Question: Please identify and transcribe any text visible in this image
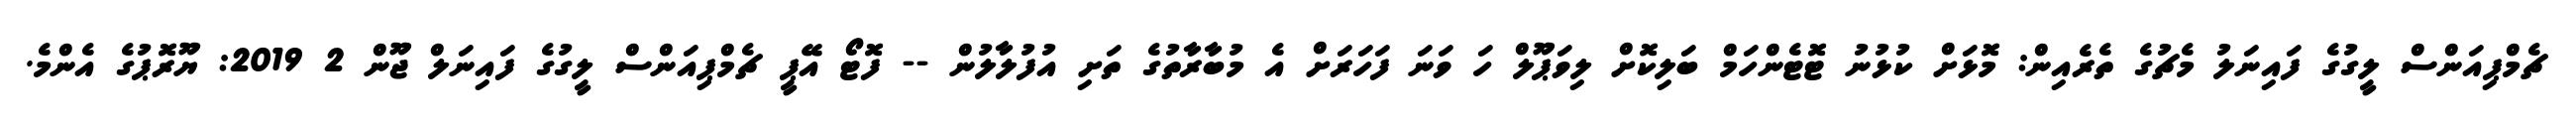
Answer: ޗެމްޕިއަންސް ލީގުގެ ފައިނަލު މެޗުގެ ތެރެއިން: މޮޅަށް ކުޅުނު ޓޮޓެންހަމް ބަލިކޮށް ލިވަޕޫލް ހަ ވަނަ ފަހަރަށް އެ މުބާރާތުގެ ތަށި އުފުލާލުން -- ފޮޓޯ އޭޕީ ޗެމްޕިއަންސް ލީގުގެ ފައިނަލް ޖޫން 2 2019: ޔޫރޮޕުގެ އެންމެ.